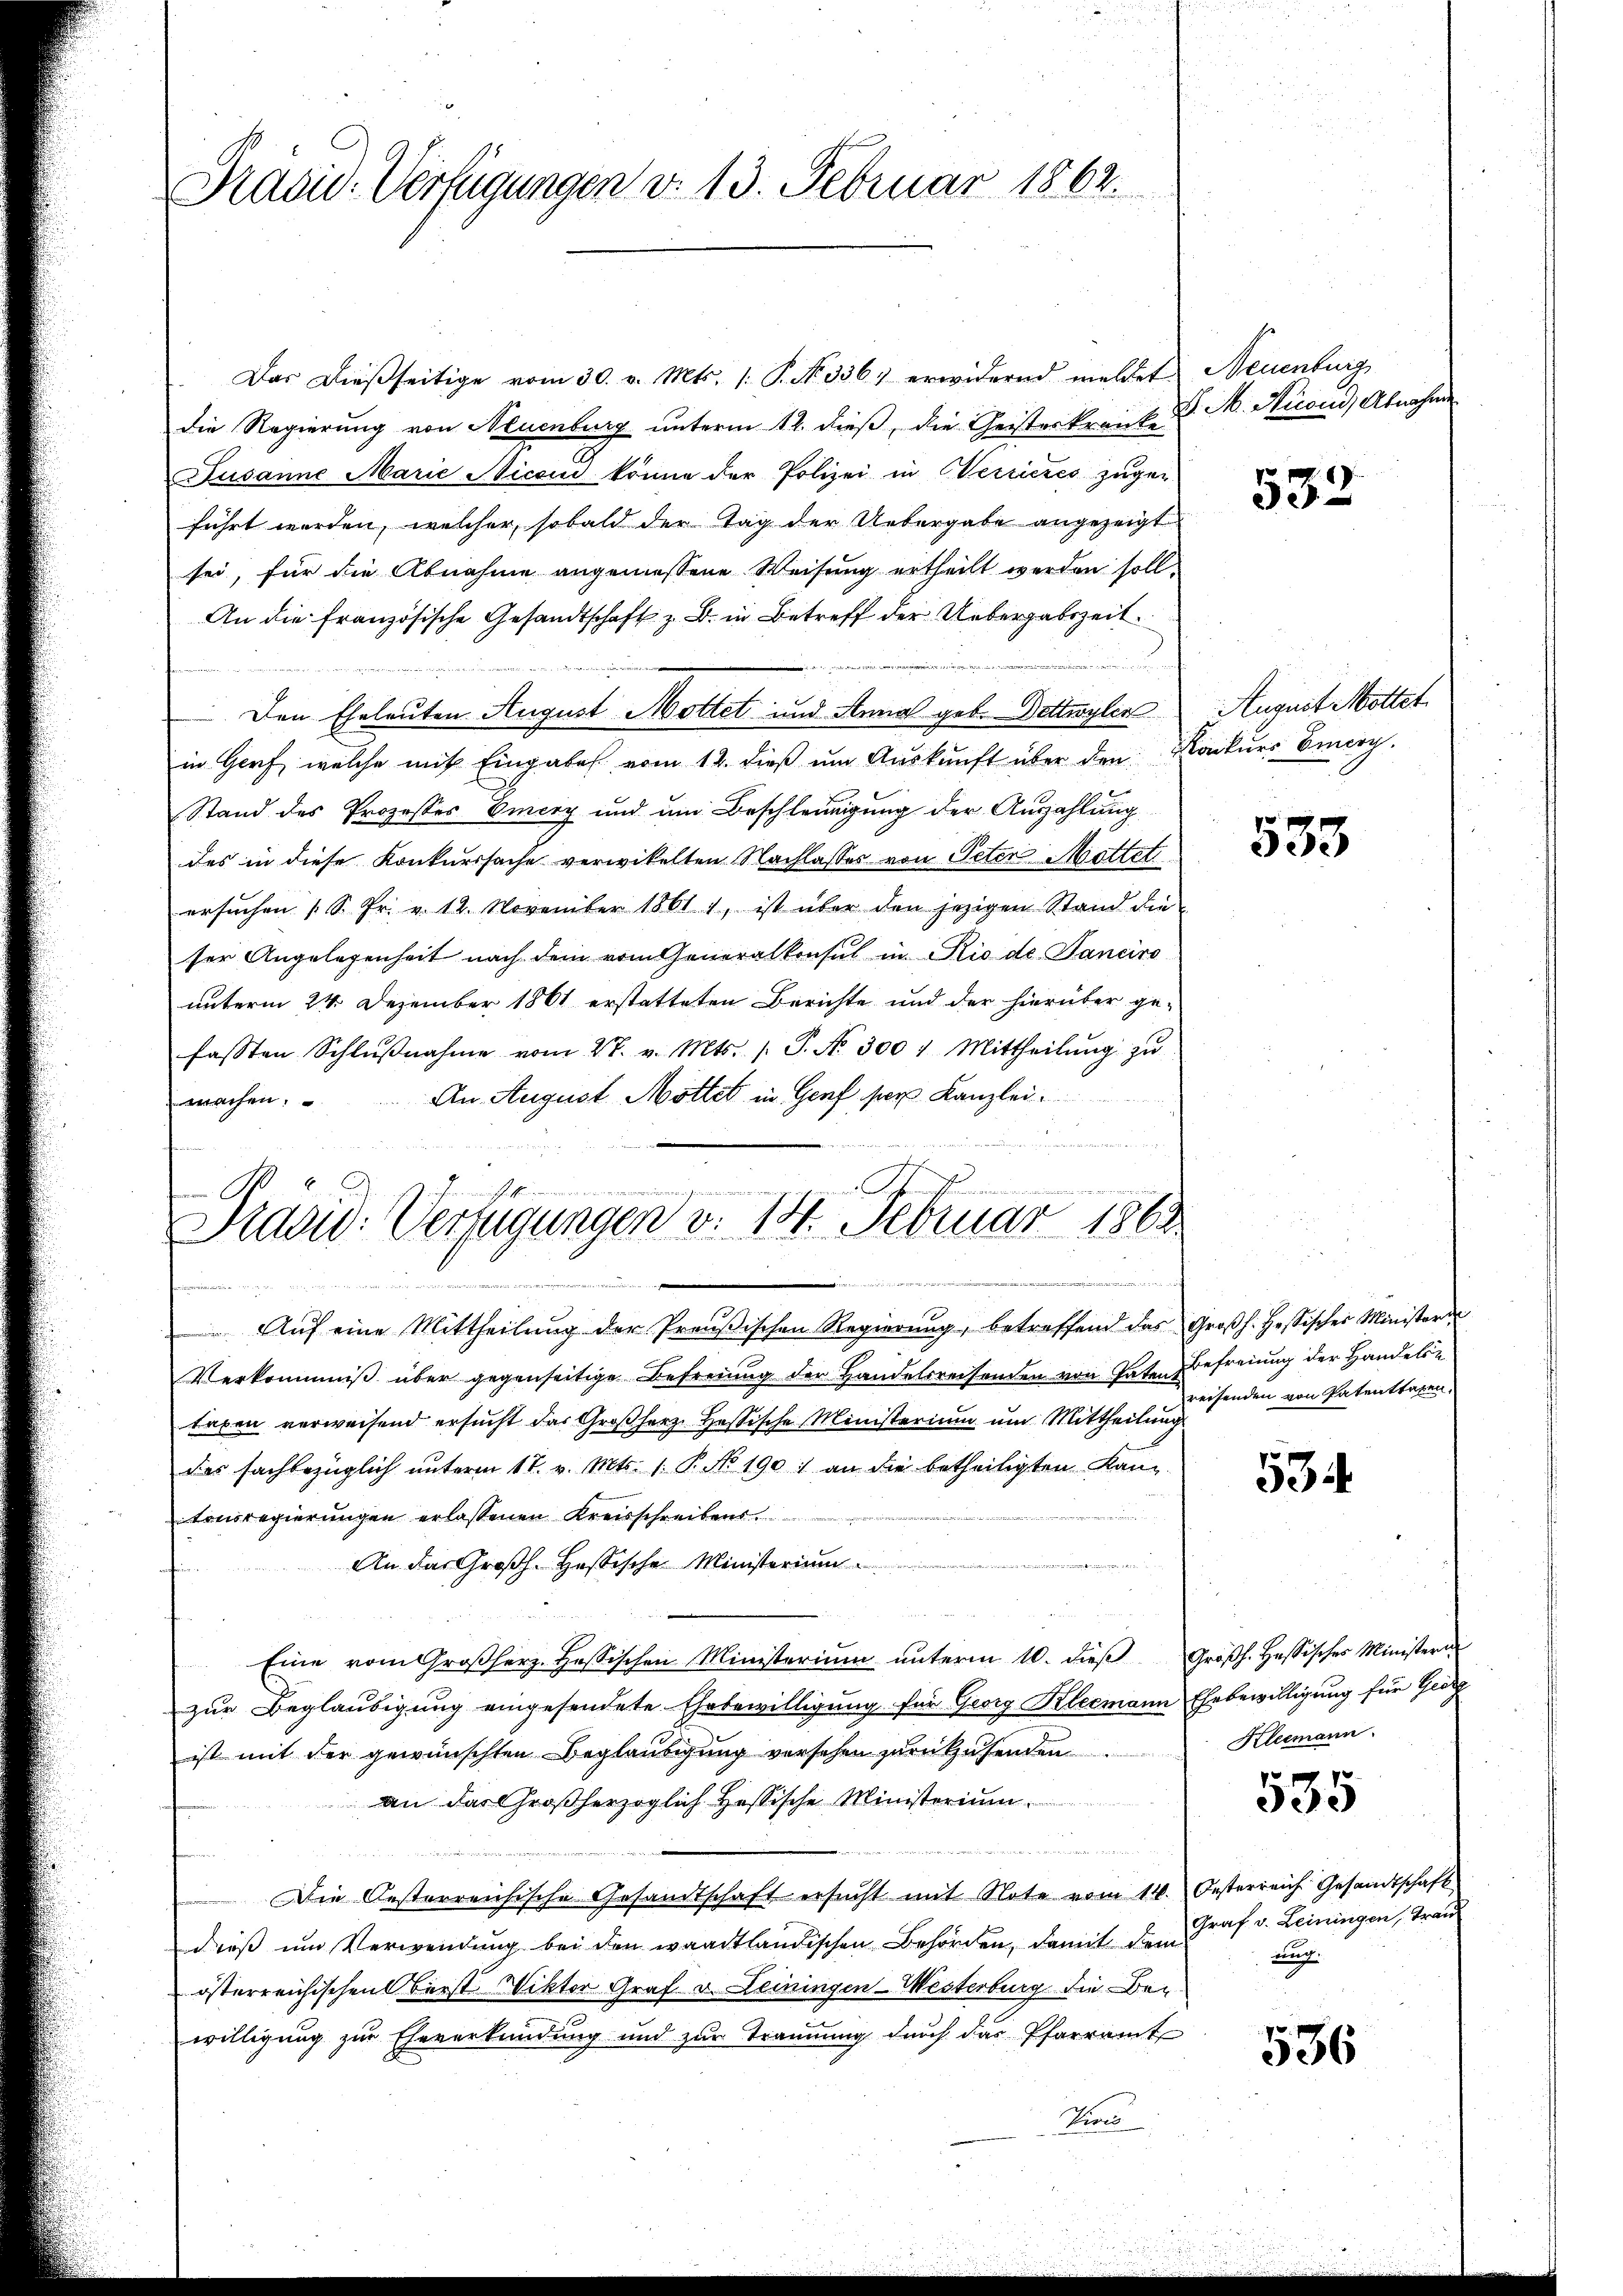
Präsid-Verfügungen d. 13. Februar 1862.

Das dießseitige vom 30. v. Mts. 1. P. Nr. 336. erwidernd meldet. Neuenburg
die Regierung von Neuenburg unterm 12. dieß, die Geisteskranke
Susanne Marie Nicon könne der Polizei in Wercieres zugen
führt werden, welcher, sobald der Tag der Uebergabe angezeigt
sei, für die Abnahme angemessene Weisung ertheilt werden soll.
An die französische Gesandtschaft z. B. in Betreff der Uebergabszeit.
 Den Eheleuten August Mottet und Anna geb. Dottwylin
in Genf, welche mit Eingabe vom 12. dieβ ŭm Aŭskŭnft über den Konkŭrs Emery.
Stand des Prozesses Emery und um Beschleunigung der Auszahlung
des in diese Konkurssache verwikelten Nachlasses von Peter Mattet
ersuchen (S. Pr. v. 12. November 1861), ist über den jezigen Stand die
ser Angelegenheit nach dem vom Generalkonsul in Rio de Tanciro
unterm 24. Dezember 1861 erstatteten Berichte und der hierüber gefassten Schlŭβnahme vom 27. v. Mts. s. S. No. 300 " Mittheilŭng zŭ
An August Motter in Genf ser Kanzleiwachen.

e
Pradid: Verfügungen v. 14. Februar 1863
in 7

Aŭf eine Mittheilŭng der Preŭβischen Regierŭng, betreffend das Groβh. Hessischer Ministerŭ
Verkommniß über gegenseitige Befreiung der Handelsreisenden von Patent
taxen verweisend ersucht das Großherz. Hessische Ministerium um Mittheilung
das sachbezüglich unterm 17. v. Mts. 1. P. No 1901 an die betheiligten Kantonsregierungen erlassenen Kreisschreibens.
An das Großh. Hessische Ministerium
Eine vom Großherz. Hassischen Ministeriŭm ŭnterm 10. dieβ Großh. Hassisches Ministern
zur Beglaubigung eingesendete Ehrbewilligung für Georg Kleemann Ehrbewilligung für Geor
ist mit der gewünschten Beglaubigung versehen zurükzusenden
an das Großherzoglich Hessische Ministerium
Die Oesterreichische Gesandtschaft ersucht mit Note vom 14. Oesterreich Gesandtschaft
dieß um Verwendung bei den waadtländischen Behörden, damit den Graf v. Leiningen, Trau
österreichischen Berst Viktor Graf v. Leiningen-Westerburg die Bewilligung zur Eheverkündung und zur Trennung durch das Pfarramt
Peres

S. M. Nuond, Abnahme

533

Auguit Mottet.

535

Befreiung der Handelse
reisenden von Patentragen,

534

Kleemann.

535

ung.

536